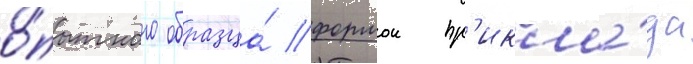
о́пытного образца́ формои пр'икла́да